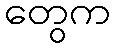
တွေက